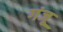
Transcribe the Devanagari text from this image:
गंजू